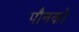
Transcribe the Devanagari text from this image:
पौनको